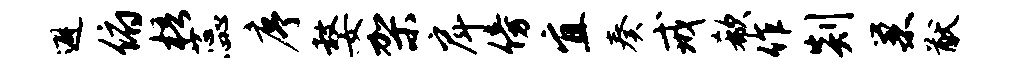
避俯梧蕊序嫠架戽傍宜奏戒欷作剡巢猷